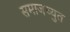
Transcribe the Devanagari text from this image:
समाजच्युत